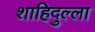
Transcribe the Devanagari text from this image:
शाहिदुल्ला